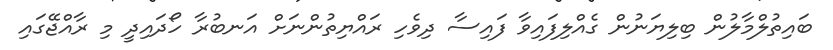
ބައިތުލްމާލުން ބިލިޔަނުން ގެއްލިފައިވާ ފައިސާ ދިވެހި ރައްޔިތުންނަށް އަނބުރާ ހޯދައިދީ މި ރާއްޖޭގައި